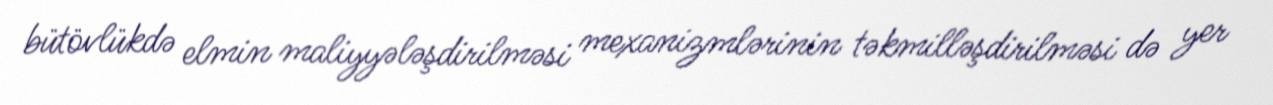
bütövlükdə elmin maliyyələşdirilməsi mexanizmlərinin təkmilləşdirilməsi də yer